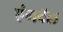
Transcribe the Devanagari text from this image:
एंगवॅल